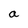
Character: a